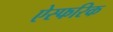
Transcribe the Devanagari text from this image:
ऐस्फरिक